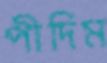
পীদিম